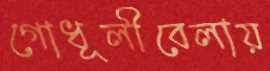
গোধূলীবেলায়